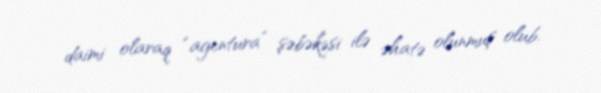
daimi olaraq “agentura” şəbəkəsi ilə əhatə olunmuş olub.